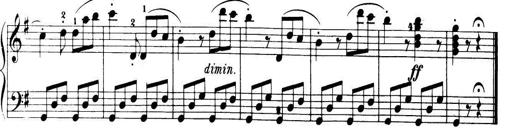
Title: 32 Sonatinas and Rondos for the Piano
Composer: Richard Kleinmichel